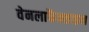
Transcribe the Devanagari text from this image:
वेनलाफैक्साइन